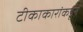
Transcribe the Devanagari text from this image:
टीकाकारांकडून